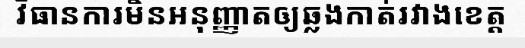
វិធានការមិនអនុញ្ញាតឲ្យឆ្លងកាត់រវាងខេត្ត